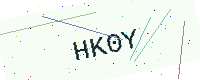
Text: HK0Y